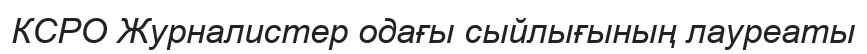
КСРО Журналистер одағы сыйлығының лауреаты